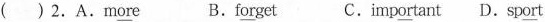
( ) 2.A.m\underline{o}\underline{r}e B.f\underline{o}\underline{r}get C.imp\underline{o}\underline{r}tant D.Sp\underline{o}\underline{r}t